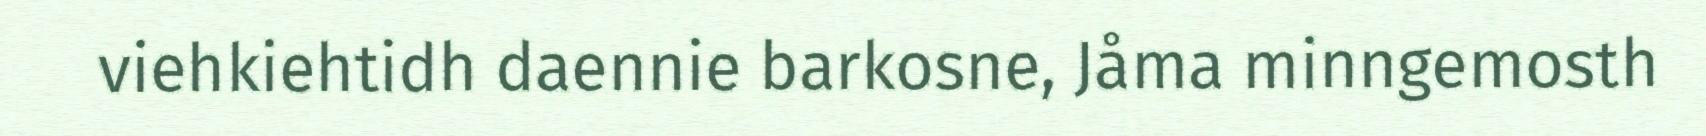
viehkiehtidh daennie barkosne, Jåma minngemosth